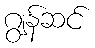
ဂျွန်ဆင်